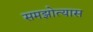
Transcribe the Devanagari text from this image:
समझोत्यास